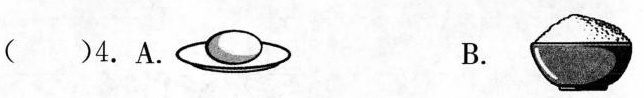
( )4.A. B.